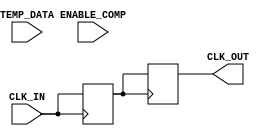
module TempCompensatedClockBuffer (
    input wire CLK_IN,           // Input clock signal
    input wire [7:0] TEMP_DATA,  // Temperature data input (simulated)
    input wire ENABLE_COMP,      // Enable compensation
    output reg CLK_OUT           // Output clock signal
);

    // Parameters for compensation (these would be tuned based on actual requirements)
    parameter TEMP_THRESHOLD = 8'd25; // Example threshold temperature
    parameter COMPENSATION_FACTOR = 2; // Example compensation factor

    // Internal signals
    reg [7:0] adjusted_delay; // Adjusted delay based on temperature
    reg clk_buffer;           // Buffered clock signal

    // Input stage: Simple buffer with Schmitt Trigger-like behavior
    always @(posedge CLK_IN) begin
        clk_buffer <= CLK_IN; // Buffer the input clock
    end

    // Compensation logic based on temperature
    always @(posedge clk_buffer) begin
        if (ENABLE_COMP) begin
            if (TEMP_DATA < TEMP_THRESHOLD) begin
                adjusted_delay <= COMPENSATION_FACTOR; // Adjust delay for low temp
            end else begin
                adjusted_delay <= 8'd1; // Normal delay
            end
        end else begin
            adjusted_delay <= 8'd1; // No compensation
        end
    end

    // Output stage: Drive the output clock signal
    always @(posedge clk_buffer) begin
        if (adjusted_delay > 8'd1) begin
            // Simulate delay based on adjusted_delay (this is a simplification)
            #adjusted_delay CLK_OUT <= clk_buffer; // Introduce delay
        end else begin
            CLK_OUT <= clk_buffer; // Directly pass the clock
        end
    end

endmodule